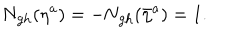
\mathrm { N _ { g h } } ( \eta ^ { a } ) = - \mathrm { \mathrm { N _ { g h } } } ( \bar { \eta } ^ { a } ) = 1 .